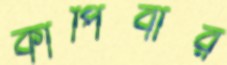
কাঁপিবার